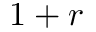
1 + r